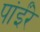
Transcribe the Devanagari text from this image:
पांईंरे